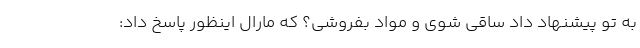
به تو پیشنهاد داد ساقی شوی و مواد بفروشی؟ که مارال اینظور پاسخ داد: